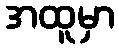
အထူမှာ